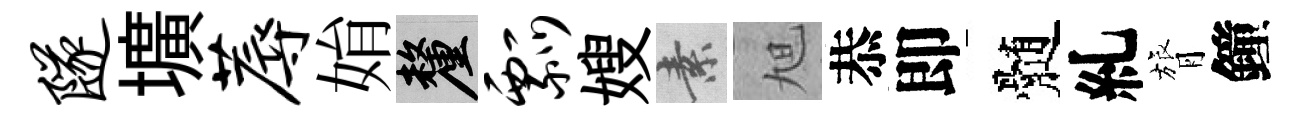
隧壙蓐姢厘瓢嫂素旭恭即髄糺膂鐘